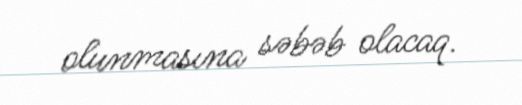
olunmasına səbəb olacaq.